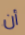
أن